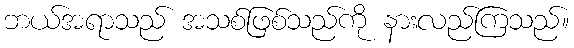
ဘယ်အရာသည် အသစ်ဖြစ်သည်ကို နားလည်ကြသည်။